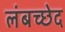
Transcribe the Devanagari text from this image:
लंबच्छेद